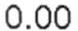
0.00